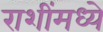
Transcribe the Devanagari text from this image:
राशींमध्ये